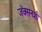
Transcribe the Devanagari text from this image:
जॅक्सनशी